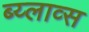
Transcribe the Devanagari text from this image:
ब्य्लाव्स